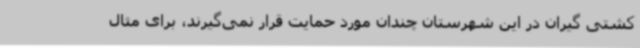
کشتی گیران در این شهرستان چندان مورد حمایت قرار نمی‌گیرند، برای مثال